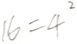
1 6 = 4 ^ { 2 }